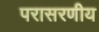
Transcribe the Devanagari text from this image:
परासरणीय